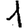
Digit: 1